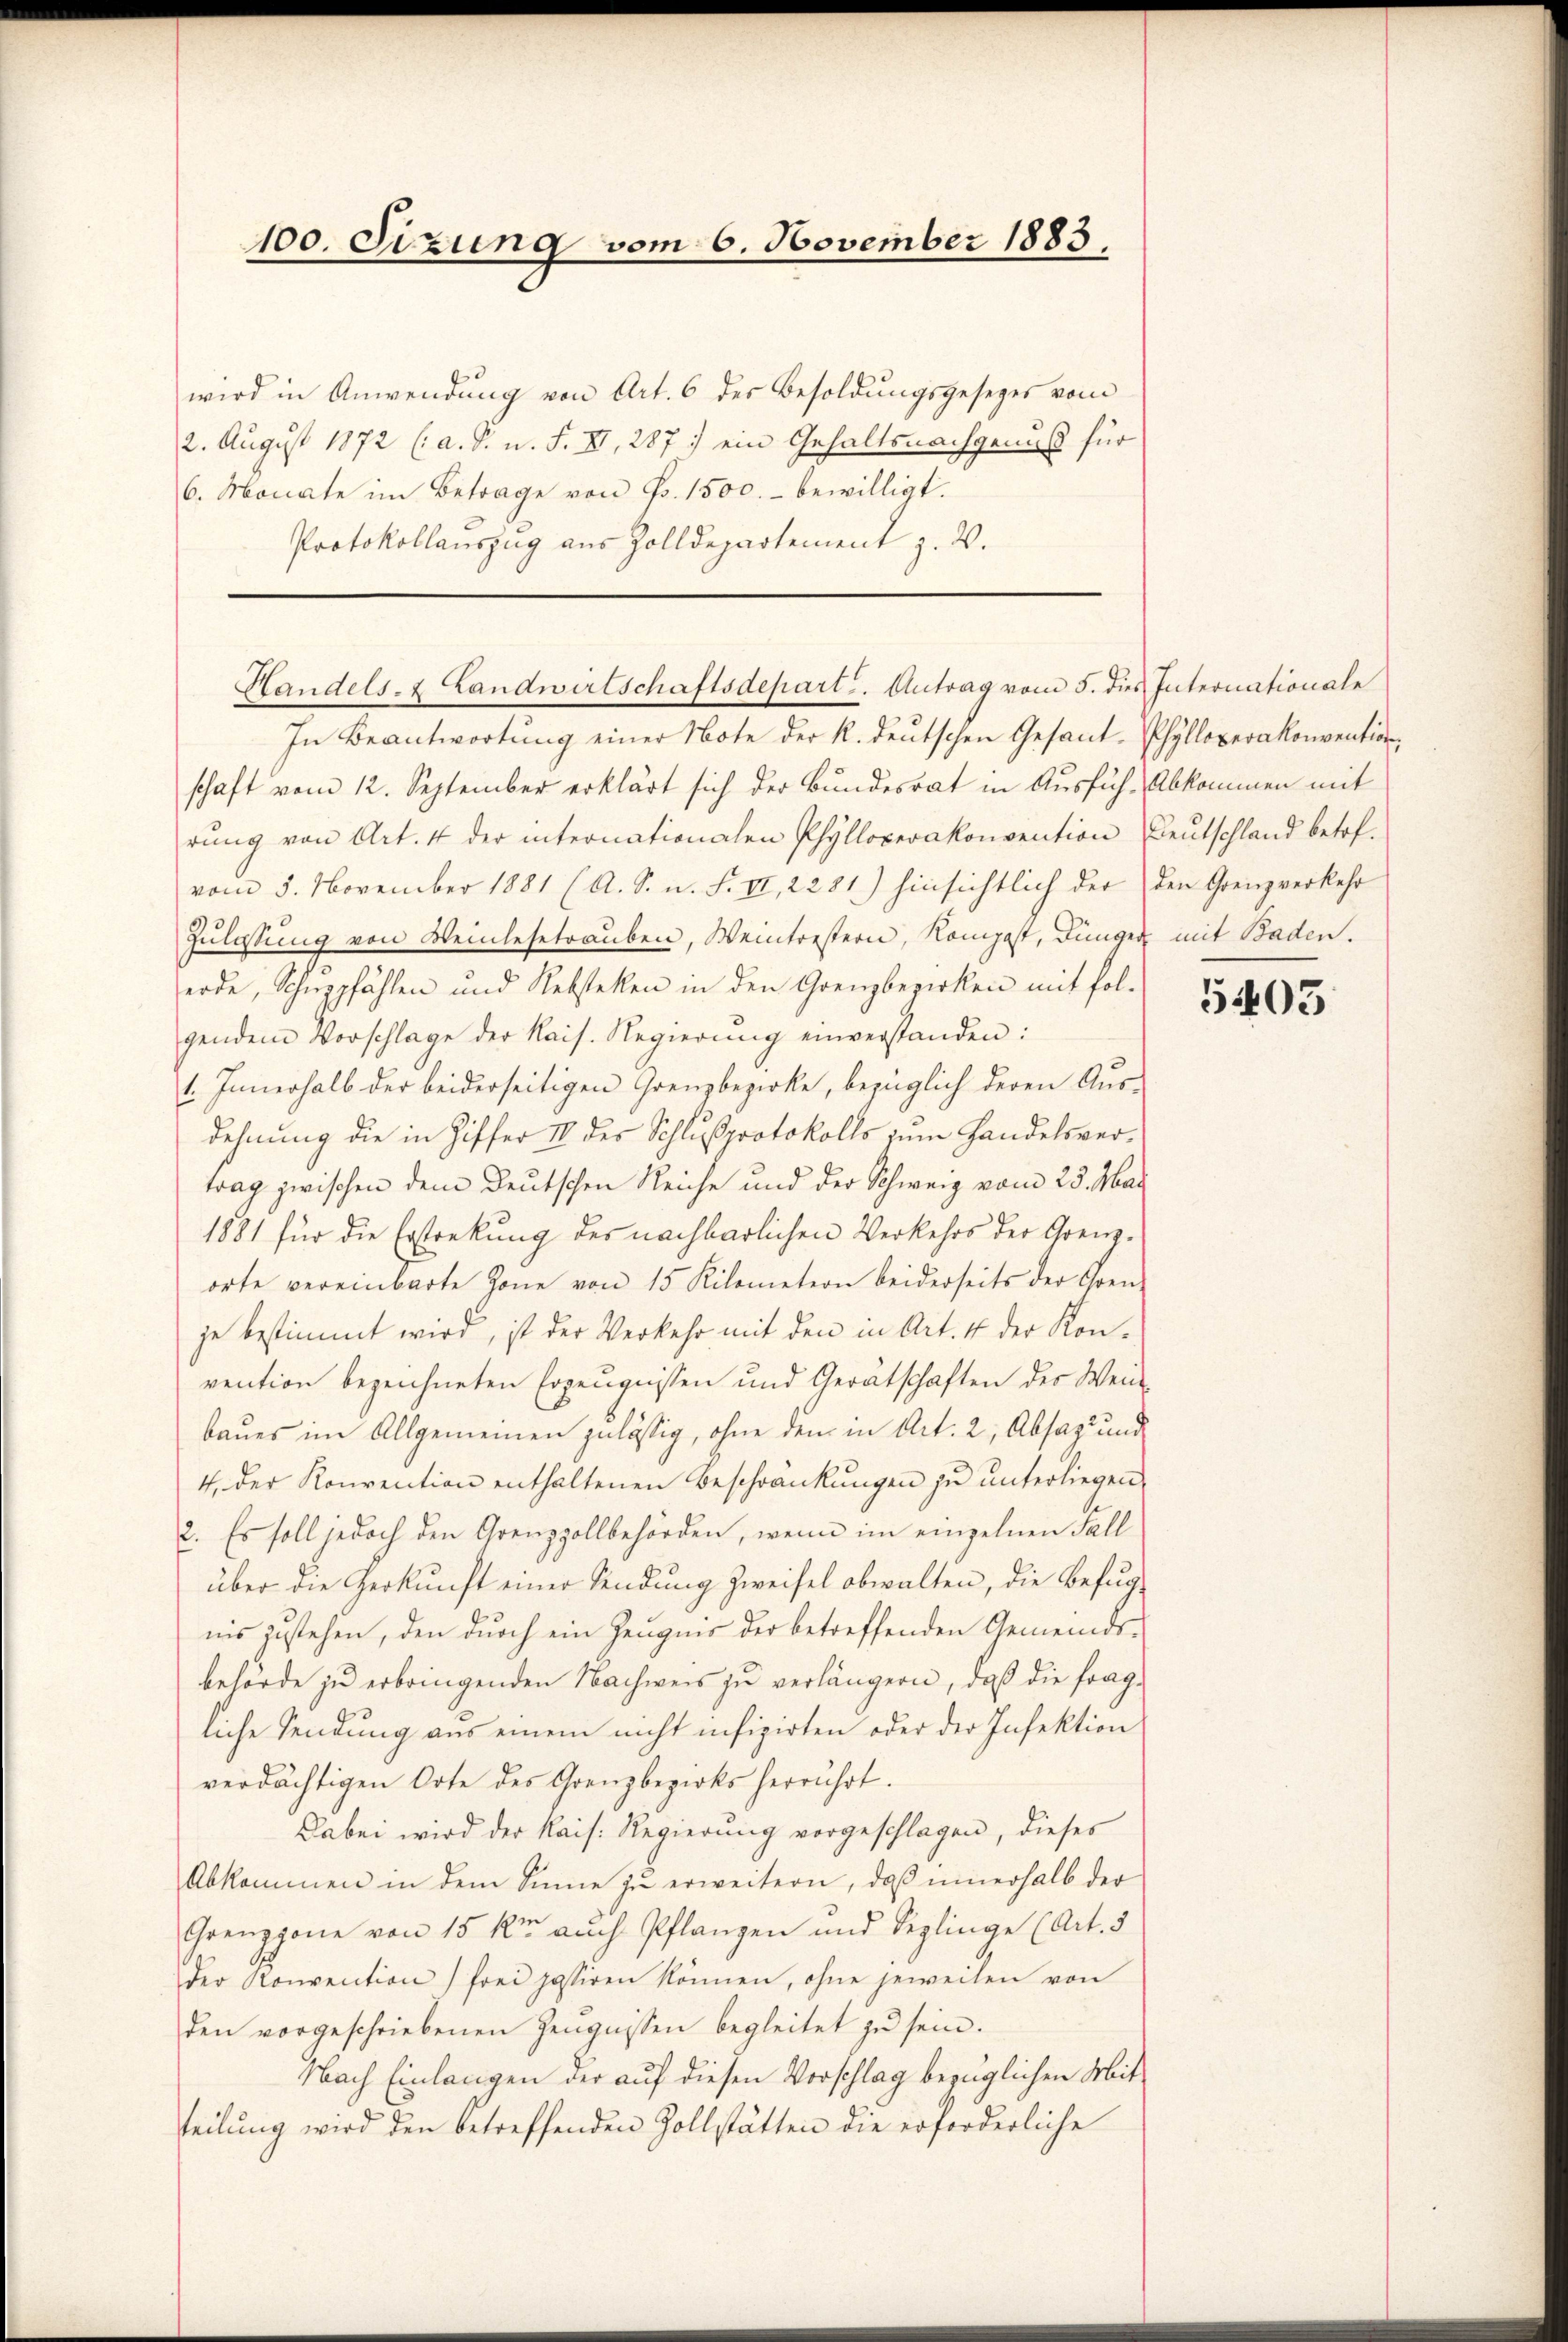
100. Sizung vom 6. November 1883.

wird in Anwendung von Art. 6 des Besoldungsgesezes vom
2. August 1872 (: a. S. n. F. II, 287 ein Gehaltsnachgenuß für
6. Monate im Betrage von Fr. 1500.- bewilligt.
Protokollauszug aus Zolldepartement z. B.

Handels- & Landwirtschaftsdepart. Antrag vom 5. dies Internationale

In Beantwortung einer Note der k. deutschen Gesant-Phylloperakonvention
schaft vom 12. September erklärt sich der Bundesrat in Ausfüh-Abkommen mit
rŭng von Art. 4 der internationalen Phylloperakonvention Deutschland betrefvom 5. November 1881 (A. S. n. F. II, 2281) hinsichtlich der den Grenzverkehr
Zulassung von Weinlesetrauben, Weintrestern, Kompest, Dünger mit Baden.
erde, Schuppfählen und Rebsteken in den Grenzbezirken mit fol-
gendem Vorschlage der Kais. Regierŭng einverstanden:
1. Innerhalb der beiderseitigen Grenzbezirke, bezüglich deren Ausdehnung die in Ziffer II der Schlußprotokolls zum Handelsvertrag zwischen dem Deutschen Reiche und der Schweiz vom 23. Mai
1881 für die Erstreckung des nachbarlichen Verkehrs der Grenzorte vereinbarte Zone von 15 Kilometern beiderseits der Gren-
je bestimmt wird, ist der Verkehr mit den in Art. 4 der Kon-
vention bezeichneten Erzeugnissen und Gerätschaften der Wen
baues im Allgemeinen zulässig, ohne den in Art. 2, Absaz und
4. der Konvention enthaltenen Beschränkungen zŭ ŭnterliegen
2. Es soll jedoch den Grenzzollbehörden, wenn im einzelnen Fall
über die Herkunft einer Sendung zweifel obwalten, die Befugnis zustehen, den durch ein Zeugnis der betreffenden Gemeinds-
behörde zu erbringenden Nachweis zu verlängern, daß die fragliche Sendung aus einem nicht infizirten oder der Infektion
verdächtigen Orte des Grenzbezirks herrührt.
Dabei wird der Kais. Regierung vorgeschlagen, dieses
Abkommen in dem Sinne zŭ erweitern, daß innerhalb der
Grenzpone von 15 kr auch Pflanzen und Seglinge (Art. 3
der Konvention frei passiren können, ohne jeweilen von
den vorgeschriebenen Zeŭgnissen begleitet zu sein.
Nach Einlangen der auf diesen Vorschlag bezüglichen Mitteilung wird den betreffenden Zollstätten die erforderliche

5403